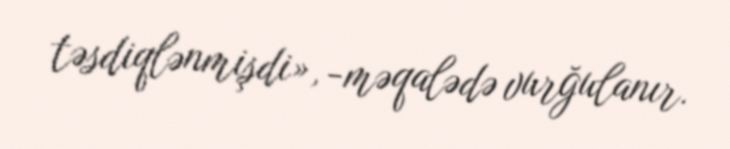
təsdiqlənmişdi», -məqalədə vurğulanır.